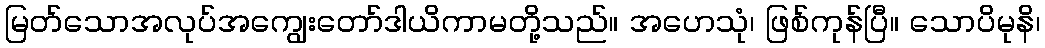
မြတ်သောအလုပ်အကျွေးတော်ဒါယိကာမတို့သည်။ အဟေသုံ၊ ဖြစ်ကုန်ပြီ။ သောပိမုနိ၊